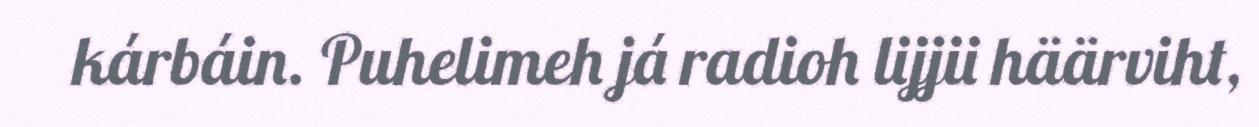
kárbáin. Puhelimeh já radioh lijjii häärviht,